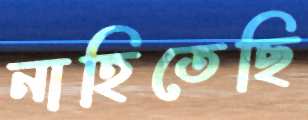
নাহিতেছি